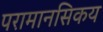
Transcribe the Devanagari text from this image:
परामानसिकय